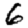
Digit: 6